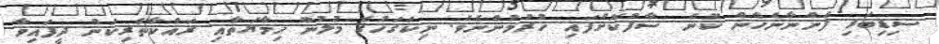
ސިޑިބަރި ފެންނާނެހެން ކޮނެ ސާފުކޮށްފައި ހުރުމުންނެވެ. ނިކަގަހުގެ މުލުން ހިމާޔަތާއި ރައްކާތެރިކަން ދީފައިވާ